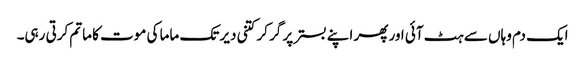
ایک دم وہاں سے ہٹ آئی اور پھر اپنے بستر پر گر کر کتنی دیر تک ماما کی موت کا ماتم کرتی رہی۔